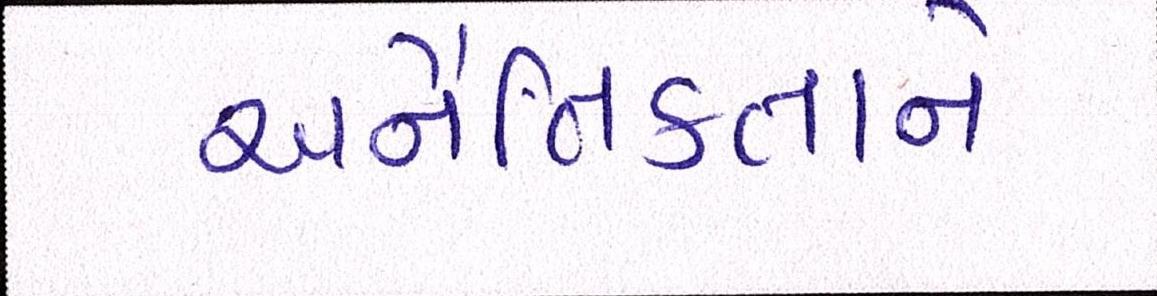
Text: અનૈતિકતાને